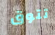
تتوق